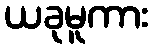
ယခုမူကား